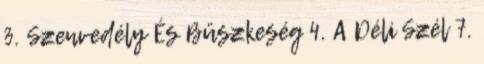
3. Szenvedély És Büszkeség 4. A Déli Szél 7.